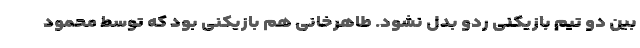
بین دو تیم بازیکنی ردو بدل نشود. طاهرخانی هم بازیکنی بود که توسط محمود